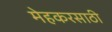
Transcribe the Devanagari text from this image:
मेहकरसाठी